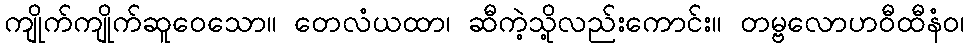
ကျိုက်ကျိုက်ဆူဝေသော။ တေလံယထာ၊ ဆီကဲ့သို့လည်းကောင်း။ တမ္ဗလောဟဝီထီနံဝ၊